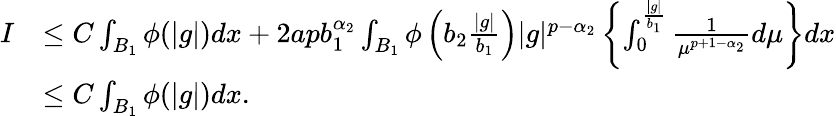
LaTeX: \begin{array}{rl}{I}&{\leq C\int_{B_{1}}\phi(|g|)dx+2apb_{1}^{\alpha_{2}}\int_{B_{1}}\phi\left(b_{2}\frac{|g|}{b_{1}}\right)|g|^{p-\alpha_{2}}\left\{ \int_{0}^{\frac{|g|}{b_{1}}}\frac{1}{\mu^{p+1-\alpha_{2}}}d\mu\right\} dx}\\ &{\leq C\int_{B_{1}}\phi(|g|)dx.}\end{array}